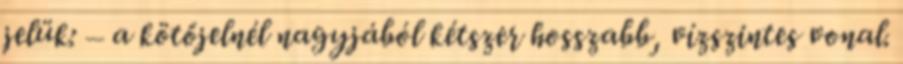
jelük: – a kötőjelnél nagyjából kétszer hosszabb, vízszintes vonal.